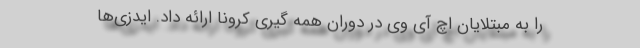
را به مبتلایان اچ آی وی در دوران همه گیری کرونا ارائه داد. ایدزی‌ها